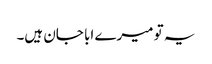
یہ تو میرے ابا جان ہیں۔